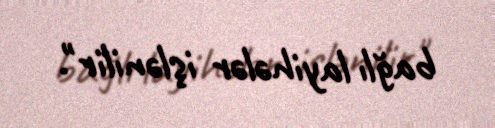
bağlı layihələr işlənilir".